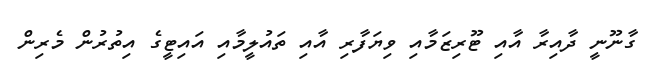
ގާނޫނީ ދާއިރާ އާއި ޓޫރިޒަމާއި ވިޔަފާރި އާއި ތައުލީމާއި އައިޓީގެ އިތުރުން މެރިން